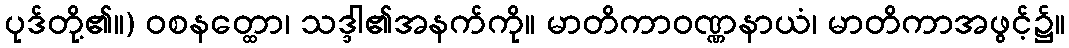
ပုဒ်တို့၏။) ဝစနတ္ထော၊ သဒ္ဒါ၏အနက်ကို။ မာတိကာဝဏ္ဏနာယံ၊ မာတိကာအဖွင့်၌။